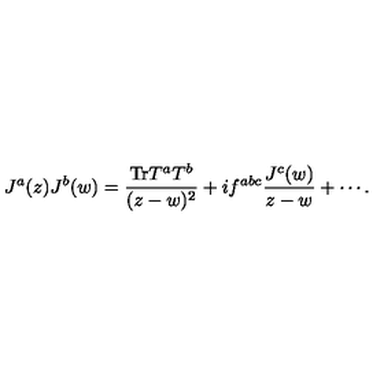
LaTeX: J ^ { a } ( z ) J ^ { b } ( w ) = \frac { \mathrm { T r } T ^ { a } T ^ { b } } { ( z - w ) ^ { 2 } } + i f ^ { a b c } \frac { J ^ { c } ( w ) } { z - w } + \cdots .